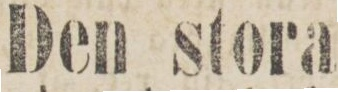
Den stora